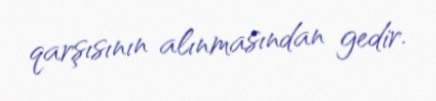
qarşısının alınmasından gedir.